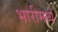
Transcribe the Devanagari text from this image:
भारीमध्ये